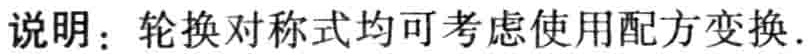
说明：轮换对称式均可考虑使用配方变换.